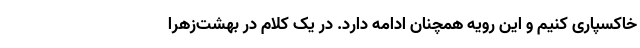
خاکسپاری کنیم و این رویه همچنان ادامه دارد. در یک کلام در بهشت‌زهرا